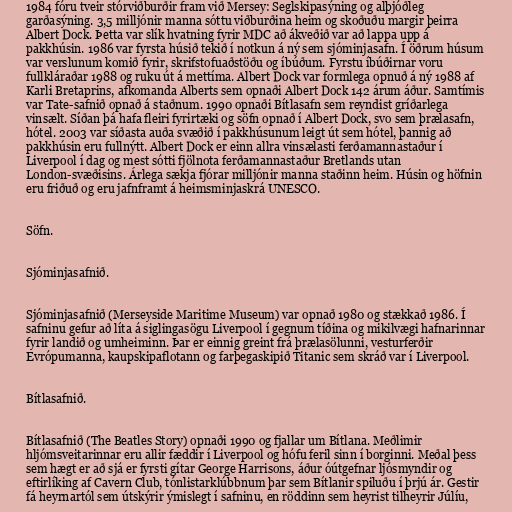
1984 fóru tveir stórviðburðir fram við Mersey: Seglskipasýning og alþjóðleg
garðasýning. 3,5 milljónir manna sóttu viðburðina heim og skoðuðu margir þeirra
Albert Dock. Þetta var slík hvatning fyrir MDC að ákveðið var að lappa upp á
pakkhúsin. 1986 var fyrsta húsið tekið í notkun á ný sem sjóminjasafn. Í öðrum húsum
var verslunum komið fyrir, skrifstofuaðstöðu og íbúðum. Fyrstu íbúðirnar voru
fullkláraðar 1988 og ruku út á mettíma. Albert Dock var formlega opnuð á ný 1988 af
Karli Bretaprins, afkomanda Alberts sem opnaði Albert Dock 142 árum áður. Samtímis
var Tate-safnið opnað á staðnum. 1990 opnaði Bítlasafn sem reyndist gríðarlega
vinsælt. Síðan þá hafa fleiri fyrirtæki og söfn opnað í Albert Dock, svo sem þrælasafn,
hótel. 2003 var síðasta auða svæðið í pakkhúsunum leigt út sem hótel, þannig að
pakkhúsin eru fullnýtt. Albert Dock er einn allra vinsælasti ferðamannastaður í
Liverpool í dag og mest sótti fjölnota ferðamannastaður Bretlands utan
London-svæðisins. Árlega sækja fjórar milljónir manna staðinn heim. Húsin og höfnin
eru friðuð og eru jafnframt á heimsminjaskrá UNESCO.

Söfn.

Sjóminjasafnið.

Sjóminjasafnið (Merseyside Maritime Museum) var opnað 1980 og stækkað 1986. Í
safninu gefur að líta á siglingasögu Liverpool í gegnum tíðina og mikilvægi hafnarinnar
fyrir landið og umheiminn. Þar er einnig greint frá þrælasölunni, vesturferðir
Evrópumanna, kaupskipaflotann og farþegaskipið Titanic sem skráð var í Liverpool.

Bítlasafnið.

Bítlasafnið (The Beatles Story) opnaði 1990 og fjallar um Bítlana. Meðlimir
hljómsveitarinnar eru allir fæddir í Liverpool og hófu feril sinn í borginni. Meðal þess
sem hægt er að sjá er fyrsti gítar George Harrisons, áður óútgefnar ljósmyndir og
eftirlíking af Cavern Club, tónlistarklúbbnum þar sem Bítlanir spiluðu í þrjú ár. Gestir
fá heyrnartól sem útskýrir ýmislegt í safninu, en röddinn sem heyrist tilheyrir Júlíu,